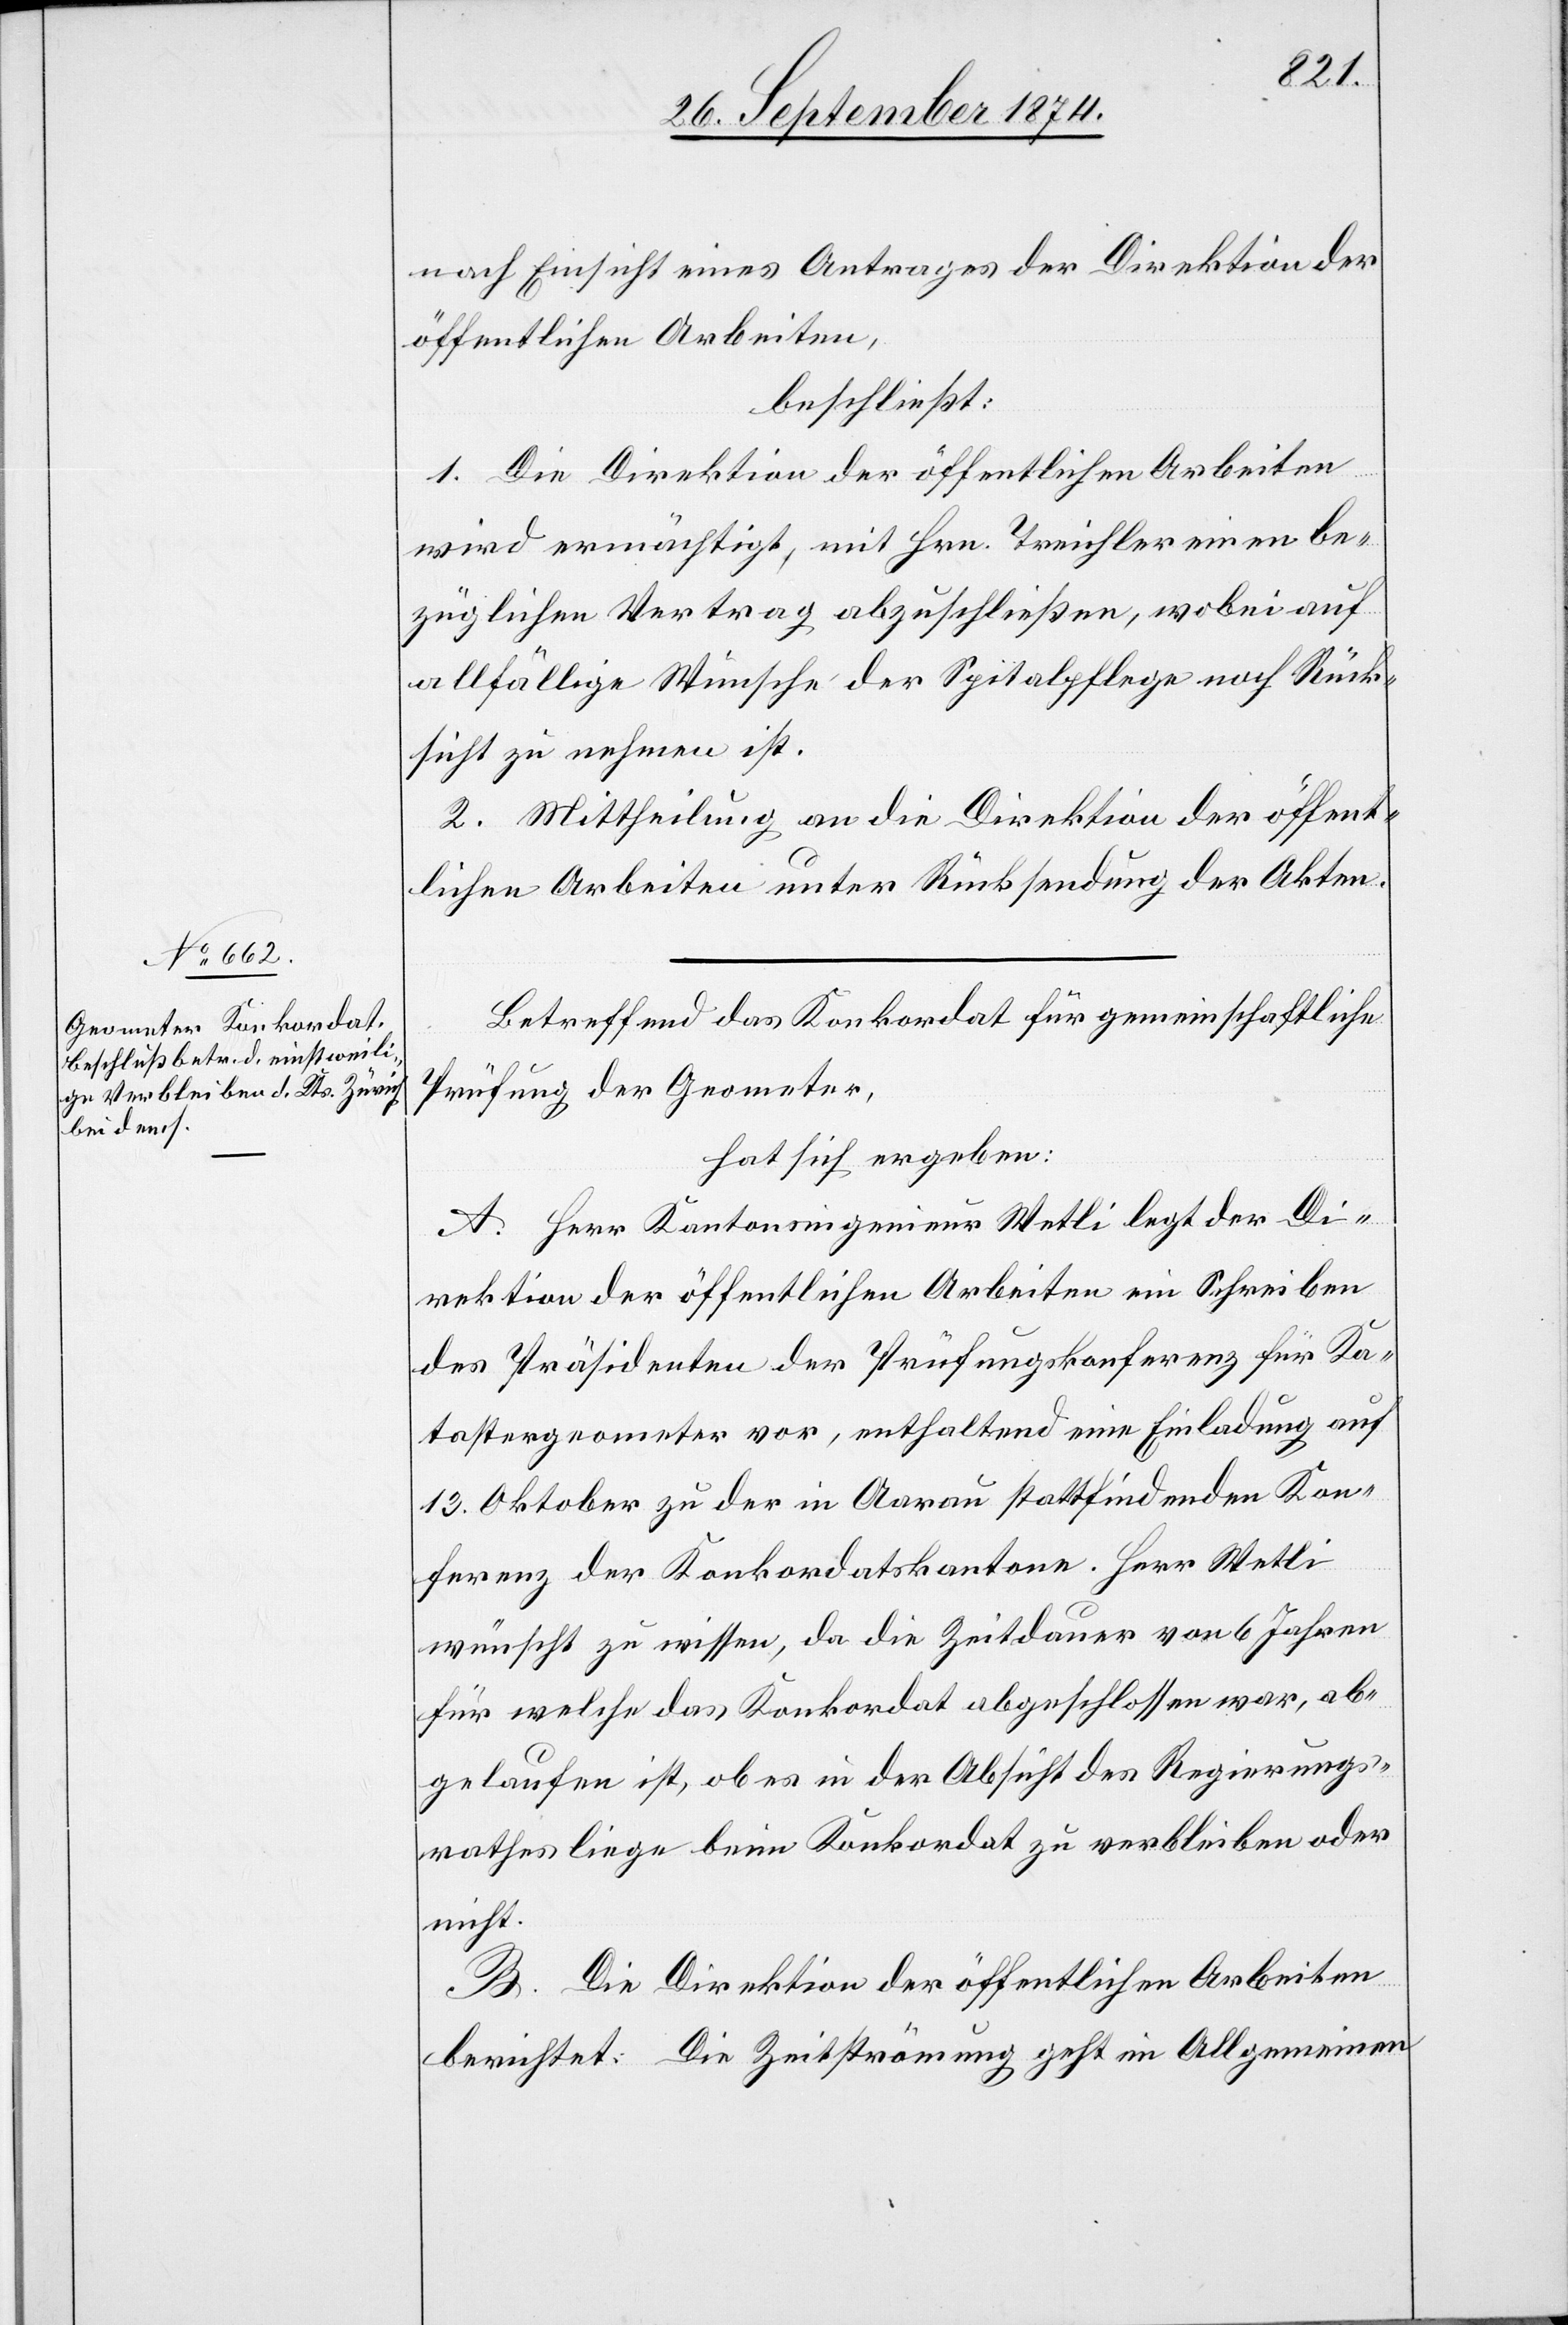
nach Einsicht eines Antrages der Direktion der
öffentlichen Arbeiten,
beschließt:
1. Die Direktion der öffentlichen Arbeiten
wird ermächtigt, mit Hrn. Treichler einen be¬
züglichen Vertrag abzuschließen, wobei auf
allfällige Wünsche der Spitalpflege noch Rück¬
sicht zu nehmen ist.
2. Mittheilung an die Direktion der öffent¬
lichen Arbeiten unter Rücksendung der Akten.
Betreffend das Konkordat für gemeinschaftliche
Prüfung der Geometer,
hat sich ergeben:
A. Herr Kantonsingenieur Wetli legt der Di¬
rektion der öffentlichen Arbeiten ein Schreiben
des Präsidenten der Prüfungskonferenz für Ka¬
tastergeometer vor, enthaltend eine Einladung auf
13. Oktober zu der in Aarau stattfindenden Kon¬
ferenz der Konkordatskantone. Herr Wetli
wünscht zu wissen, da die Zeitdauer von 6 Jahren
für welche das Konkordat abgeschlossen war, ab¬
gelaufen ist, ob es in der Absicht des Regierungs¬
rathes liege beim Konkordat zu verbleiben oder
nicht.
B. Die Direktion der öffentlichen Arbeiten
berichtet: Die Zeitströmung geht im Allgemeinen